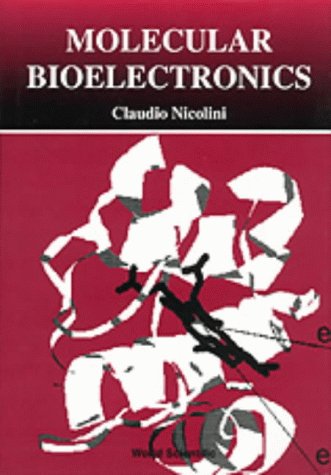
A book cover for Molecular Bioelectronics; Claudio A. Nicolini; Science & Math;